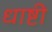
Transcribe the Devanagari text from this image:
धाष्टी